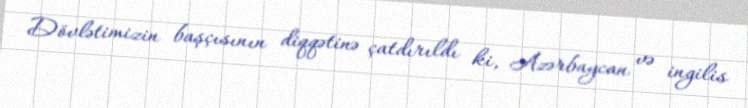
Dövlətimizin başçısının diqqətinə çatdırıldı ki, Azərbaycan və ingilis